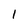
Character: I